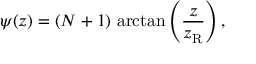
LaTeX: \psi ( z ) = ( N + 1 ) \, \arctan \left( { \frac { z } { z _ { \mathrm { R } } } } \right) ,